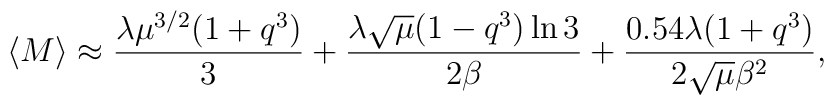
\langle M\rangle\approx\frac{\lambda\mu^{3/2}(1+q^{3})}{3}+\frac{\lambda \sqrt{\mu}(1-q^{3})\ln 3}{2\beta}+\frac{ 0.54 \lambda (1+q^{3})}{2\sqrt{\mu}\beta^{2}},